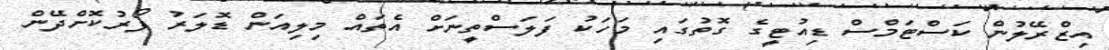
އިޒްރޭލުން ކަސްޓަމްސް ޑިއުޓީގެ ގޮތުގައި މަހަކު ފަލަސްތީނަށް އެތައް މިލިއަން ޑޮލަރު ފޯރުކޮށްދޭން